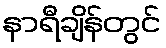
နာရီချိန်တွင်